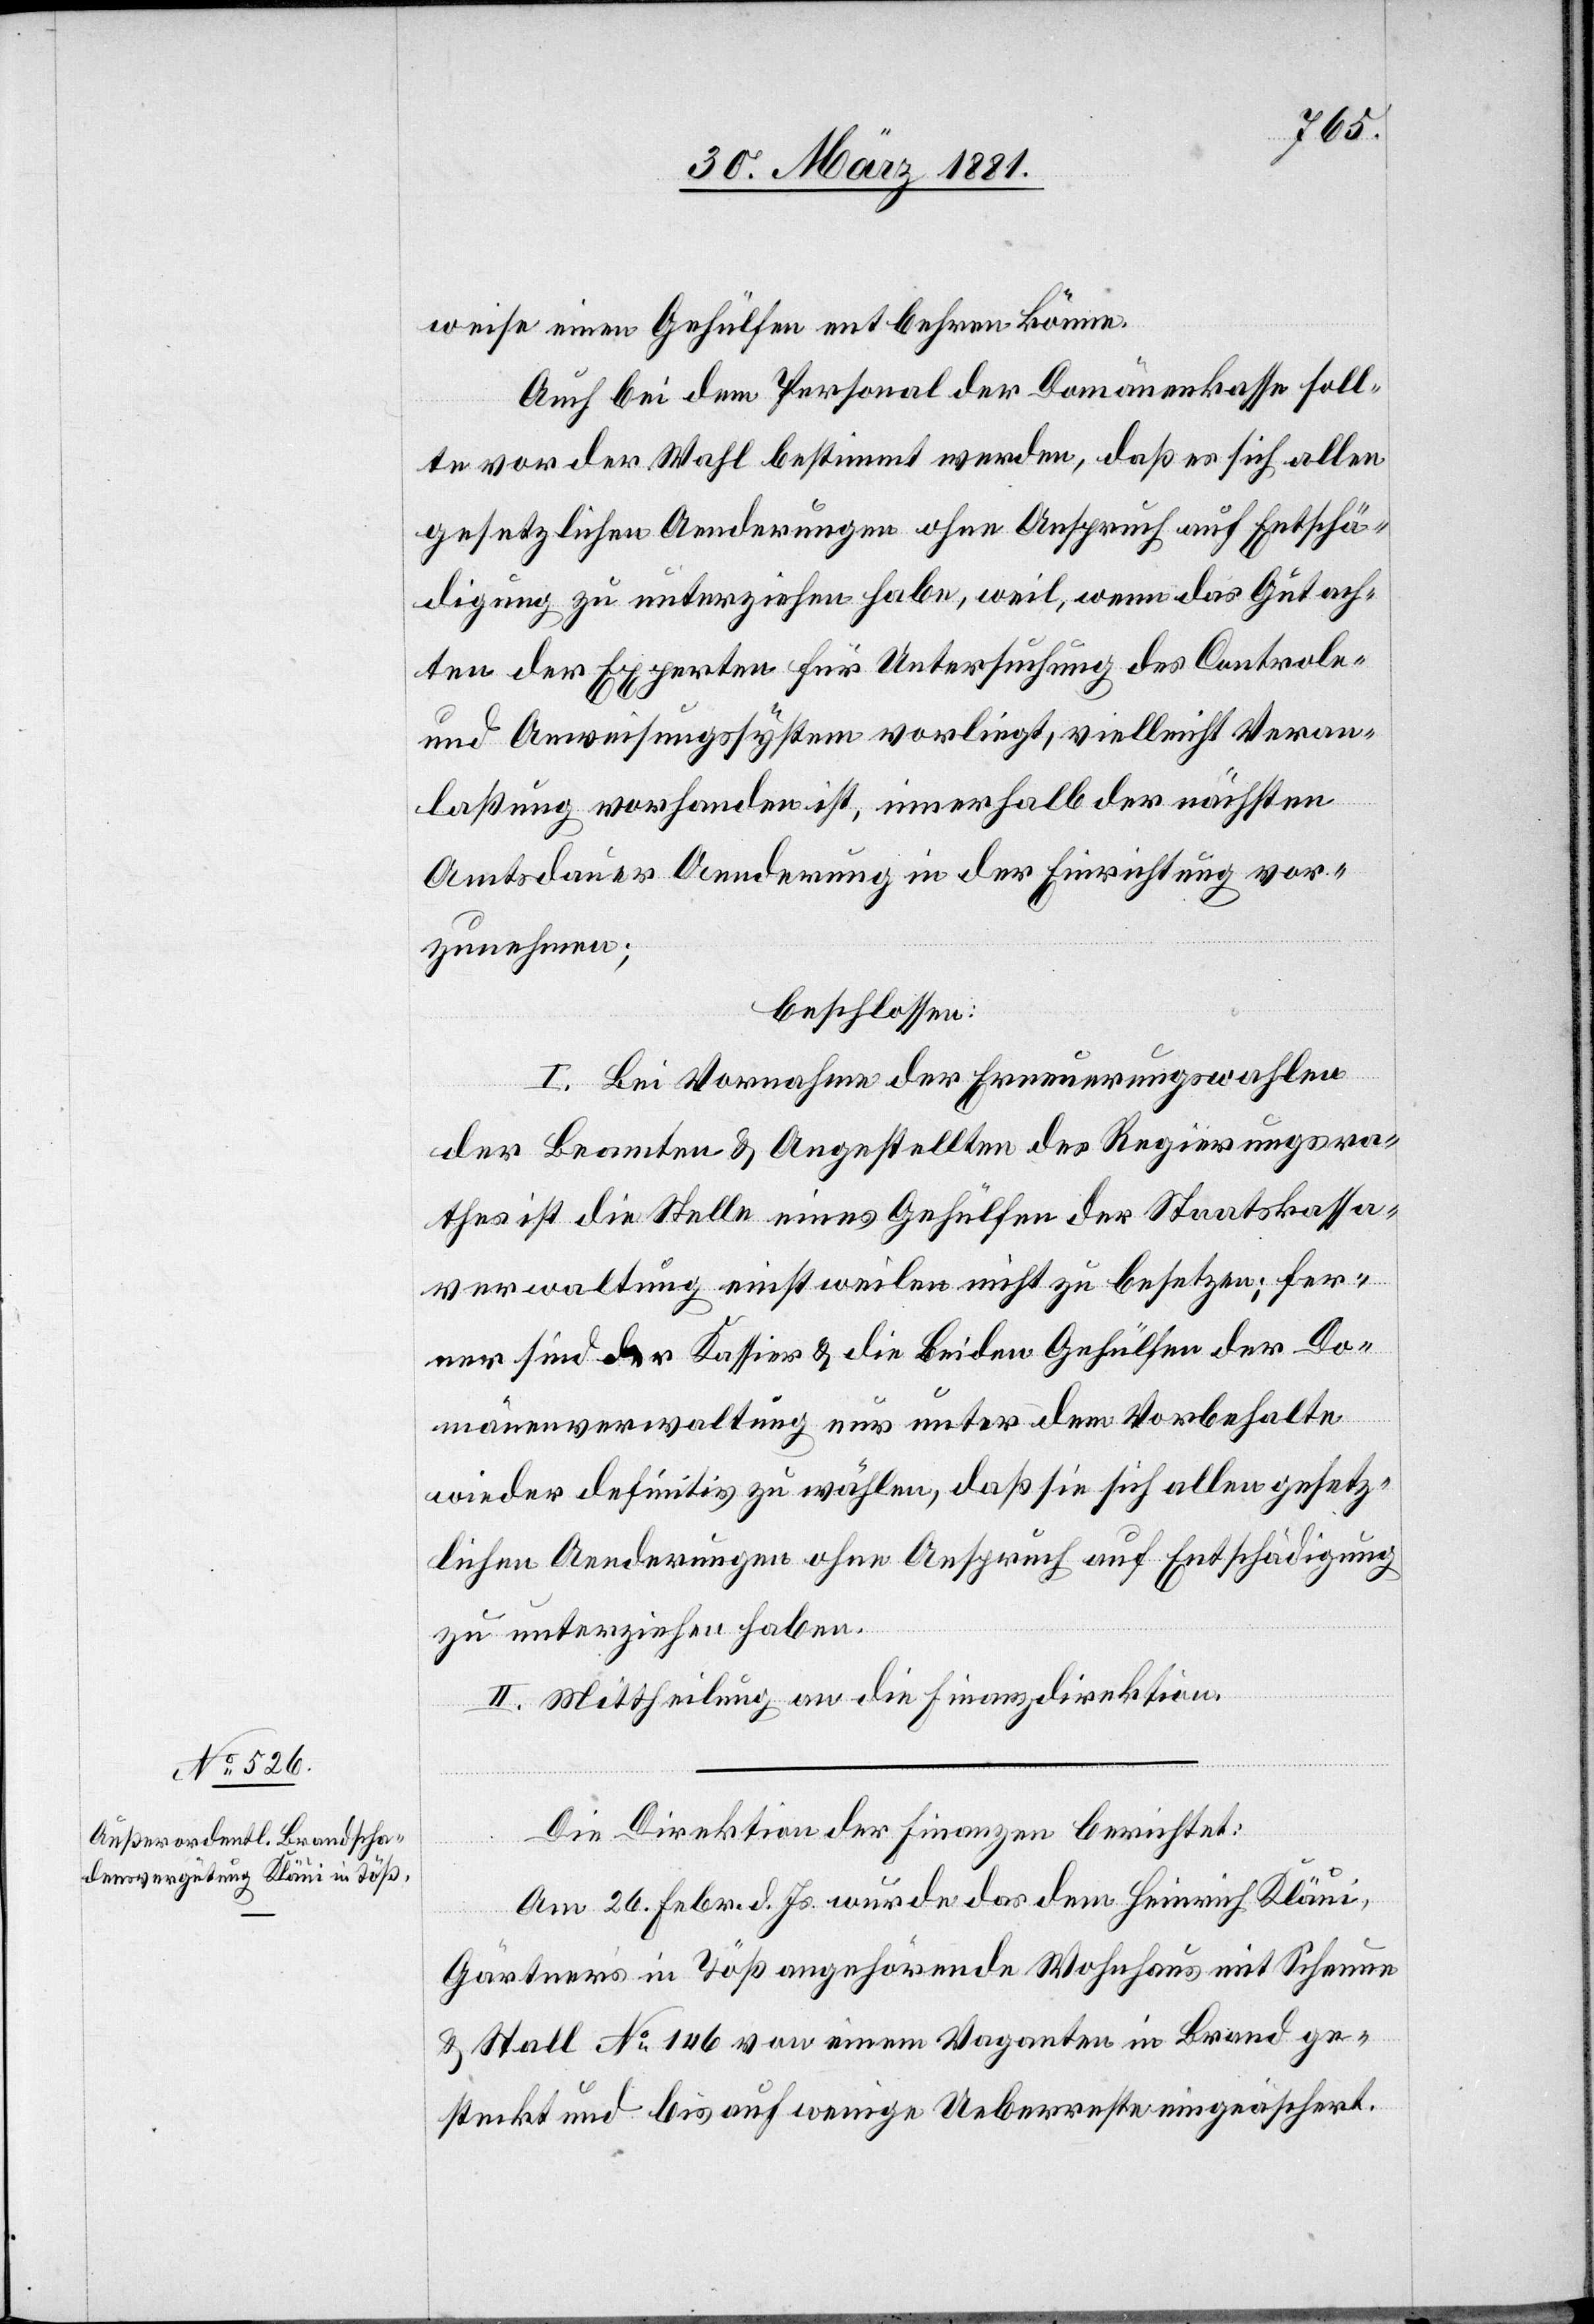
weise einen Gehülfen entbehren könne.
Auch bei dem Personal der Domänenkasse soll¬
te vor der Wahl bestimmt werden, daß er sich allen
gesetzlichen Aenderungen ohne Anspruch auf Entschä¬
digung zu unterziehen habe, weil, wenn das Gutach¬
ten der Experten für Untersuchung des Controle-
und Anweisungssystem vorliegt, vielleicht Veran¬
laßung vorhanden ist, innerhalb der nächsten
Amtsdauer Aenderung in der Einrichtung vor¬
zunehmen;
beschlossen:
I. Bei Vornahme der Erneuerungswahlen
der Beamten & Angestellten des Regierungsra¬
thes ist die Stelle eines Gehülfen der Staatskassa¬
verwaltung einstweilen nicht zu besetzen; fer¬
ner sind der Kassier & die beiden Gehülfen der Do¬
mänenverwaltung nur unter dem Vorbehalte
wieder definitiv zu wählen, daß sie sich allen gesetz¬
lichen Aenderungen ohne Anspruch auf Entschädigung
zu unterziehen haben.
II. Mittheilung an die Finanzdirektion.
Die Direktion der Finanzen berichtet:
Am 26. Febr. d. Js. wurde das dem Heinrich Kläui,
Gärtner’s in Töß angehörende Wohnhaus mit Scheune
& Stall No 146 von einem Vaganten in Brand ge¬
steckt und bis auf wenige Ueberreste eingeäschert.